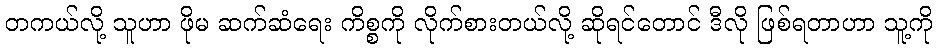
တကယ်လို့ သူဟာ ဖိုမ ဆက်ဆံရေး ကိစ္စကို လိုက်စားတယ်လို့ ဆိုရင်တောင် ဒီလို ဖြစ်ရတာဟာ သူ့ကို